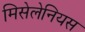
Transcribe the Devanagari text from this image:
मिसेलेनियस